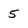
Character: 5